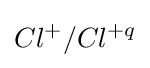
Cl^{+}/Cl^{+q}